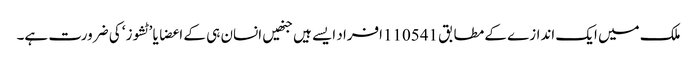
ملک میں ایک اندازے کے مطابق 110541افراد ایسے ہیں جنھیں انسان ہی کے اعضا یا ’ٹشوز‘ کی ضرورت ہے۔